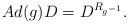
LaTeX: \begin{align*}Ad(g)D = D^{R_{g^{-1}}}.\end{align*}